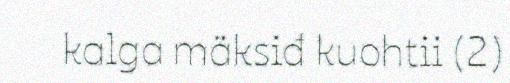
kalga mäksiđ kuohtii (2)